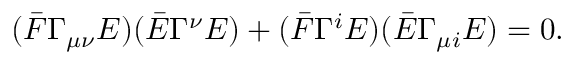
( \bar { F } \Gamma _ { \mu \nu } E ) ( \bar { E } \Gamma ^ { \nu } E ) + ( \bar { F } \Gamma ^ { i } E ) ( \bar { E } \Gamma _ { \mu i } E ) = 0 .